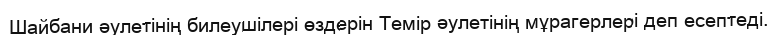
Шaйбани әулетінің билеушілері өздерін Темір әулетінің мұрагерлері деп есептеді.